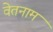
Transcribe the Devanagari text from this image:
वेतनाम